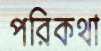
পরিকথা